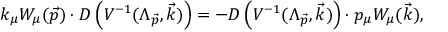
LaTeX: k _ { \mu } W _ { \mu } ( \vec { p } ) \cdot D \left( V ^ { - 1 } ( \Lambda _ { \vec { p } } , \vec { k } ) \right) = - D \left( V ^ { - 1 } ( \Lambda _ { \vec { p } } , \vec { k } ) \right) \cdot p _ { \mu } W _ { \mu } ( \vec { k } ) ,